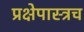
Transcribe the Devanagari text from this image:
प्रक्षेपास्त्रच